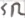
Text: SR